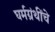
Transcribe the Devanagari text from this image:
घर्मग्रंथींचे